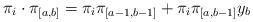
LaTeX: \begin{align*}\pi_i \cdot \pi_{[a,b]}= \pi_i \pi_{[a-1,b-1]} + \pi_i \pi_{[a,b-1]}y_{b}\end{align*}